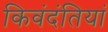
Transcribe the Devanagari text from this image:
किवंदंतियां